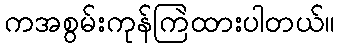
ကအစွမ်းကုန်ကြဲထားပါတယ်။